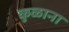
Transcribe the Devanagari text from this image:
कुळाना